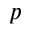
p